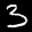
Label: 3